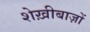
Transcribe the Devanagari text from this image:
शेख़ीबाज़ों